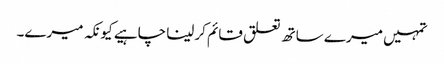
تمہیں میرے ساتھ تعلق قائم کرلینا چاہیے کیونکہ میرے۔